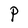
Character: P